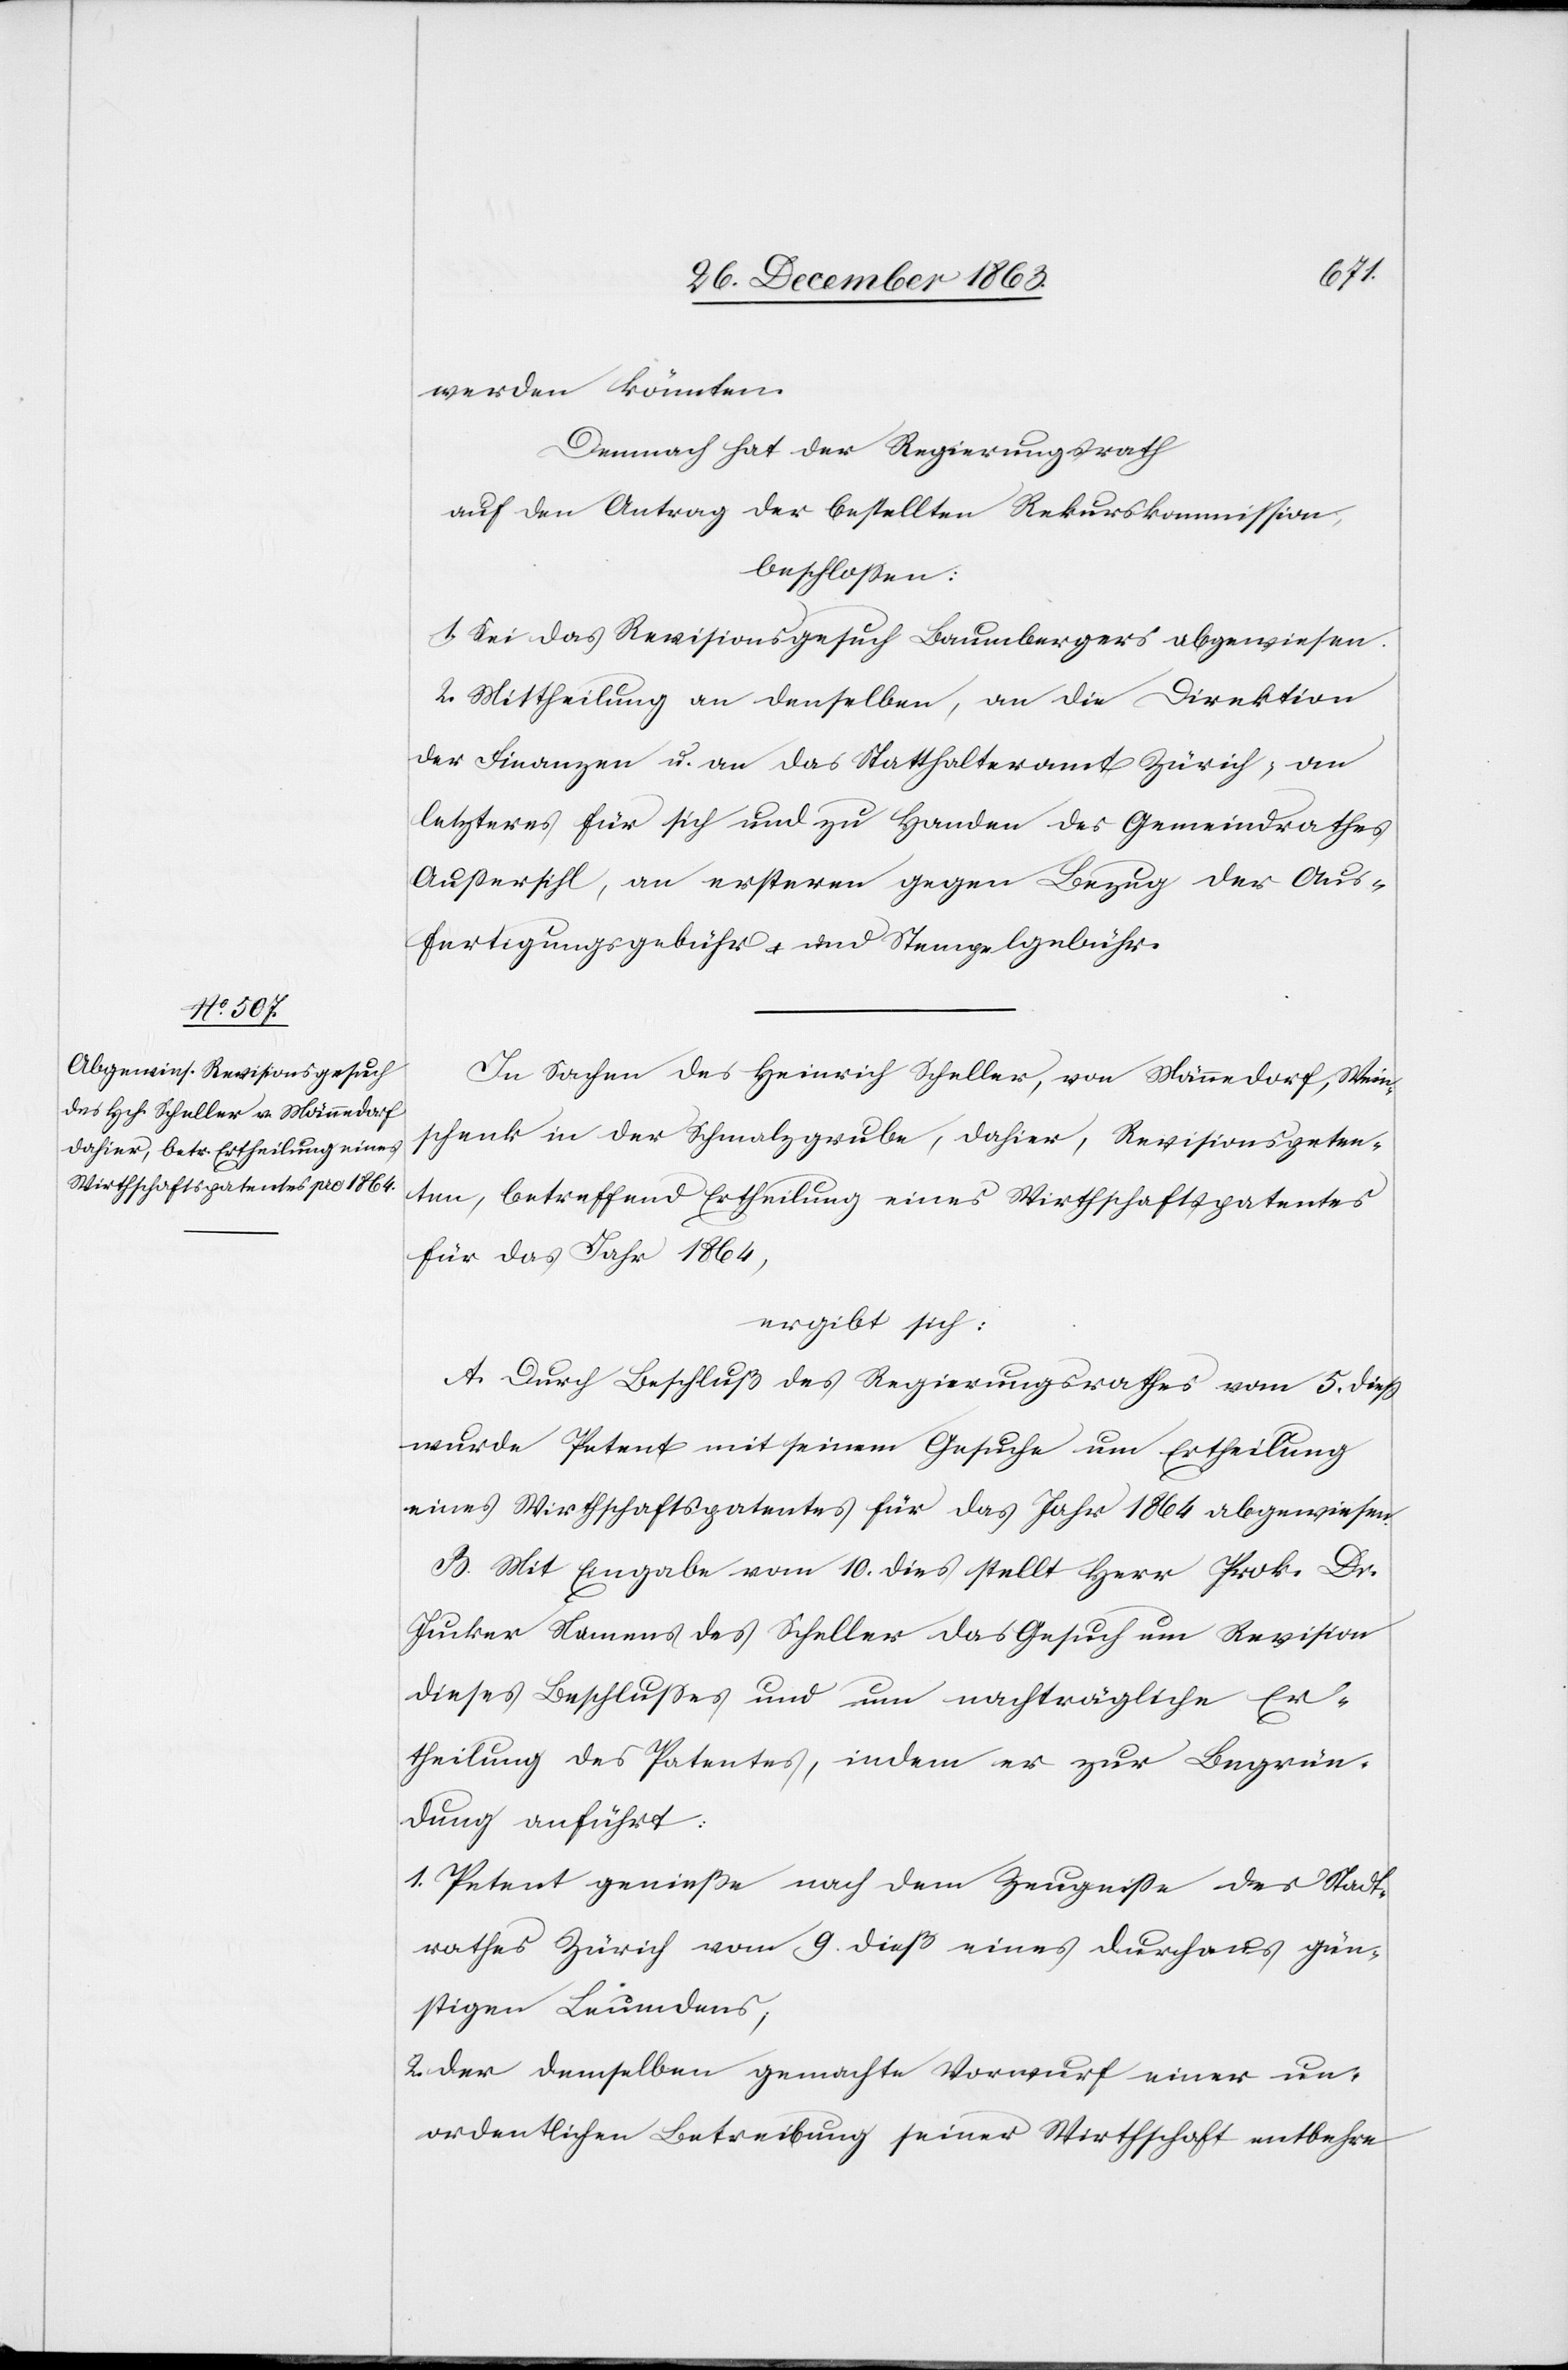
werden könnten.
Demnach hat der Regierungsrath
auf den Antrag der bestellten Rekurskommission,
beschlossen:
1. Sei das Revisionsgesuch Baumbergers abgewiesen.
2. Mittheilung an denselben, an die Direktion
der Finanzen u an das Statthalteramt Zürich; an
letzteres für sich und zu Handen des Gemeindrathes
Aussersihl, an ersteren gegen Bezug der Aus¬
fertigungsgebühr und Stempelgebühr.
In Sachen des Heinrich Scheller, von Männedorf, Wein¬
schenk in der Schmalzgrube, dahier, Revisionspeten¬
ten, betreffend Ertheilung eines Wirthschaftspatentes
für das Jahr 1864,
ergibt sich:
A. Durch Beschluß des Regierungsrathes vom 5. diess
wurde Petent mit seinem Gesuche um Ertheilung
eines Wirthschaftspatentes für das Jahr 1864 abgewiesen.
B. Mit Eingabe vom 10. dies stellt Herr Prok. Dr.
Jucker Namens des Scheller das Gesuch um Revision
dieses Beschlusses und um nachträgliche Er¬
theilung des Patentes, indem er zur Begrün¬
dung anführt:
1. Petent genieße nach dem Zeugnisse des Stadt¬
rathes Zürich vom 9. dieß eines durchaus gün¬
stigen Leumdens;
2. der demselben gemachte Vorwurf einer un¬
ordentlichen Betreibung seiner Wirthschaft entbehre